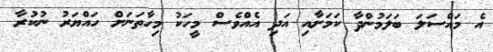
އެ މައްސަލަ ބަލަމުންދާ ކަމަށާއި އަދި އެއްވެސް މީހަކު މިހާތަނަށް ހައްޔަރު ނުކުރާ